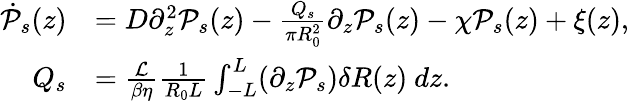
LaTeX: \begin{array}{rl}{\dot{\mathcal{P}}_{s}(z)}&{=D\partial_{z}^{2}\mathcal{P}_{s}(z)-\frac{Q_{s}}{\pi R_{0}^{2}}\partial_{z}\mathcal{P}_{s}(z)-\chi\mathcal{P}_{s}(z)+\xi(z),}\\ {Q_{s}}&{=\frac{\mathcal{L}}{\beta\eta}\frac{1}{R_{0}L}\int_{-L}^{L}(\partial_{z}\mathcal{P}_{s})\delta R(z)\ dz.}\end{array}